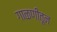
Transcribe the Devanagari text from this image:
गाळणीतून